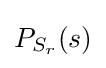
\textstyle P_{S_{r}}(s)